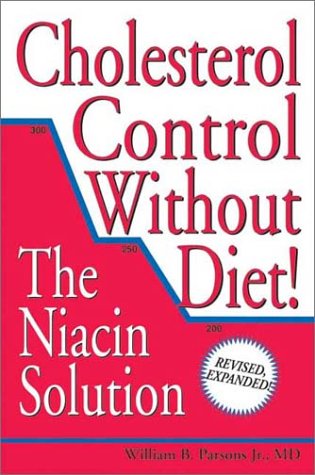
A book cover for Cholesterol Control Without Diet!; William B. Parsons Jr.; Medical Books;